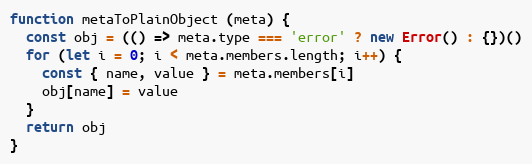
Language: JavaScript
function metaToPlainObject (meta) {
  const obj = (() => meta.type === 'error' ? new Error() : {})()
  for (let i = 0; i < meta.members.length; i++) {
    const { name, value } = meta.members[i]
    obj[name] = value
  }
  return obj
}